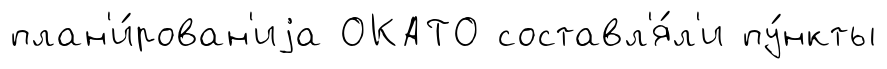
план'и́рован'иjа ОКАТО составл'я́л'и пу́нкты